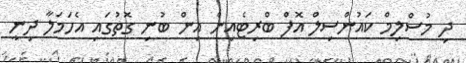
ދި މުސްލިމް ކައުންސިލް އޮފް ބްރިޓެއިން އިން ބުނި ގޮތުގައި އެހަމަލާ ދިނީ